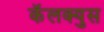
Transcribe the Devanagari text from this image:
कॅलक्युस